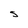
Character: S